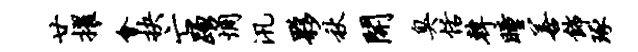
廿擢会抉亡踊惆汛夥秋开臭恬韩瞳善饰琢